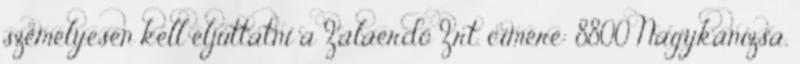
személyesen kell eljuttatni a Zalaerdő Zrt. címére: 8800 Nagykanizsa,